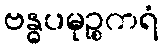
ဗန္ဓပမုဉ္စကရံ